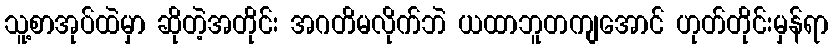
သူ့စာအုပ်ထဲမှာ ဆိုတဲ့အတိုင်း အဂတိမလိုက်ဘဲ ယထာဘူတကျအောင် ဟုတ်တိုင်းမှန်ရာ